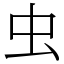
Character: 虫